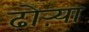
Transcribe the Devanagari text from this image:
ढोऱ्या